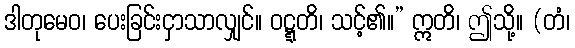
ဒါတုမေဝ၊ ပေးခြင်းငှာသာလျှင်။ ဝဋ္ဋတိ၊ သင့်၏။” ဣတိ၊ ဤသို့။ (တံ၊